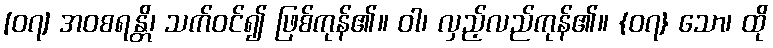
[၀၇] အဝစရန္တိ၊ သက်ဝင်၍ ဖြစ်ကုန်၏။ ဝါ၊ လှည့်လည်ကုန်၏။ {၀၇} သော၊ ထို